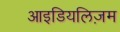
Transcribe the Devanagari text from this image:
आइडियलिज़म